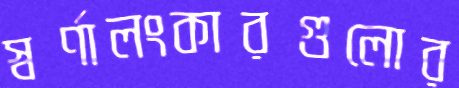
স্বর্ণালংকারগুলোর